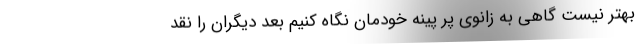
بهتر نیست گاهی به زانوی پر پینه خودمان نگاه کنیم بعد دیگران را نقد